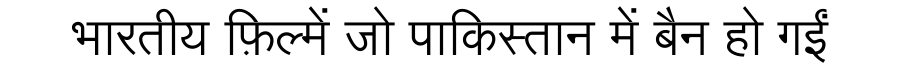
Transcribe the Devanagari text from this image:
भारतीय फ़िल्में जो पाकिस्तान में बैन हो गईं